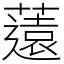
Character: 薳